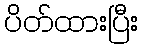
ပိတ်ထားပြီး